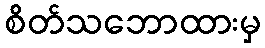
စိတ်သဘောထားမှ